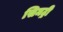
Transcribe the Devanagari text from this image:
सिमट्री